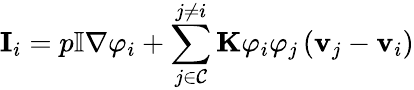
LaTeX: \mathbf{I}_{i}=p\mathbb{I}\nabla\varphi_{i}+\sum_{j\in\mathcal{C}}^{j\neq i}\mathbf{K}\varphi_{i}\varphi_{j}\left(\mathbf{v}_{j}-\mathbf{v}_{i}\right)